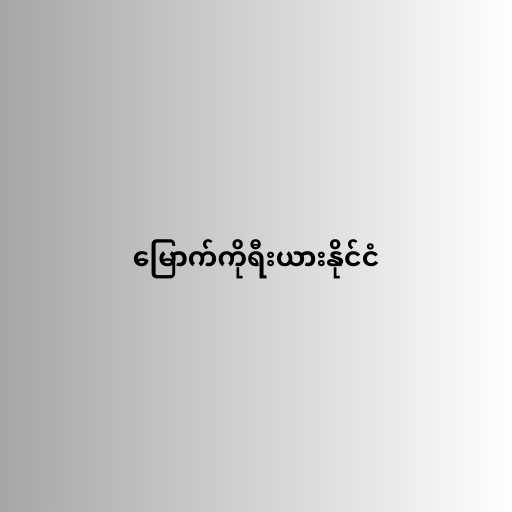
မြောက်ကိုရီးယားနိုင်ငံ